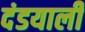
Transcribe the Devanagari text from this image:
दंडयाली